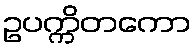
ဥပက္ကိတကော